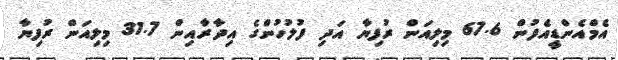
އެމްއެންޑީއެފުން 67.6 މިލިއަން ރުފިޔާ އަދި ފުލުހުންގެ އިދާރާއިން 31.7 މިލިއަން ރުފިޔާ